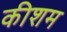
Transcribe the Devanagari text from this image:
कीशम